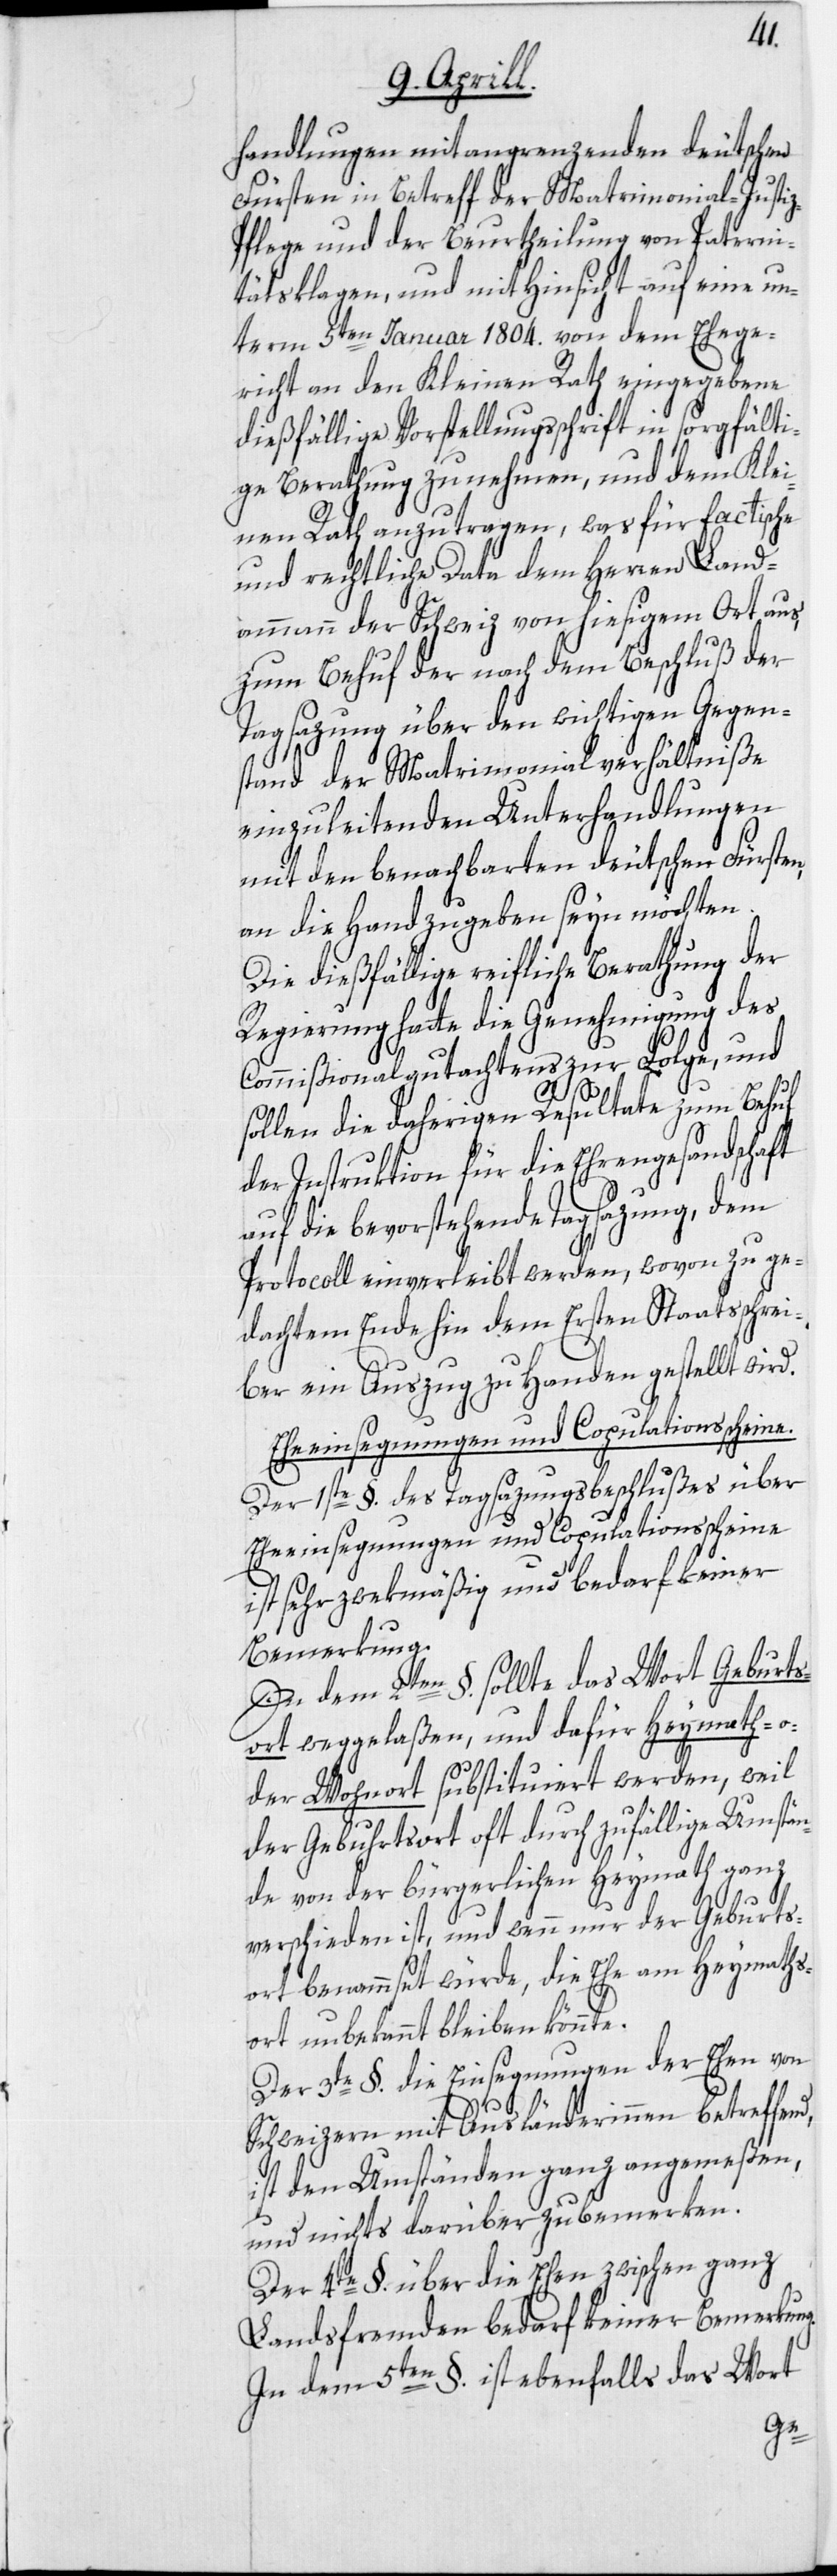
handlungen mit angrenzenden deutschen
Fürsten in Betreff der Matrimonial-Justi¬
z-Pflege und der Beurtheilung von Paterni¬
tätsklagen, und mit Hinsicht auf eine un¬
term 5ten Januar 1804. von dem Ehege¬
richt an den Kleinen Rath eingegebene
dießfällige Vorstellungsschrift in sorgfälti¬
ge Berathung zu nehmen, und dem Klei¬
nen Rath anzutragen, was für factische
und rechtliche Data dem Herren Land¬
ammann der Schweiz von hiesigem Ort aus,
zum Behuf der nach dem Beschluß der
Tagsazung über den wichtigen Gegen¬
stand der Matrimonialverhältniße
einzuleitenden Unterhandlungen
mit den benachbarten deutschen Fürsten,
an die Hand zu geben seyn möchten.
Die dießfällige reifliche Berathung der
Regierung hatte die Genehmigung des
Commißionalgutachtens zur Folge, und
sollen die daherigen Resultate zum Behuf
der Instruktion für die Ehrengesandschaft
auf die bevorstehende Tagsazung, dem
Protocoll einverleibt werden, wovon zu ge¬
dachtem Ende hin dem Ersten Staatsschrei¬
ber ein Auszug zu Handen gestellt wird.
Eheeinsegnungen und Copulationsscheine.
Der 1ste §. des Tagsazungsbeschlußes über
Eheeinsegnungen und Copulationsscheine
ist sehr zwekmäßig und bedarf keiner
Bemerkung.
In dem 2ten §. sollte das Wort Geburts¬
ort weggelaßen, und dafür Heymath- o¬
der Wohnort substituiert werden, weil
der Gebuhrtsort oft durch zufällige Umstän¬
de von der bürgerlichen Heymath ganz
g.
verschieden ist, und wenn nur der Geburts¬
ort benammset würde, die Ehe am Heymaths¬
ort unbekannt bleiben könnte.
Der 3te §. die Einsegnungen der Ehen von
Schweizern mit Ausländerinnen betreffend,
ist den Umständen ganz angemeßen,
und nichts darüber zu bemerken.
Der 4te §. über die Ehen zwischen ganz
Landsfremden bedarf keiner Bemerkun¬
In dem 5ten §. ist ebenfalls das Wort